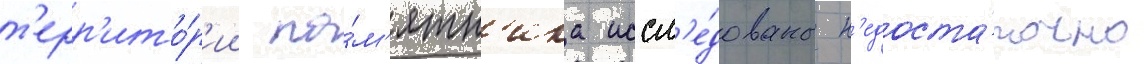
т'ерр'ито́р'ии па́м'ятн'ика иссл'е́дованы н'едоста́точно